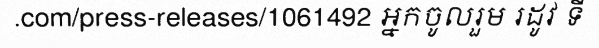
.com/press-releases/1061492 អ្នកចូលរួម រដូវ ទី